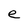
Character: e